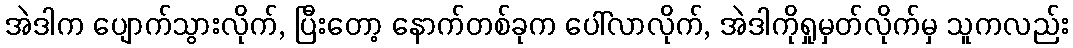
အဲဒါက ပျောက်သွားလိုက်, ပြီးတော့ နောက်တစ်ခုက ပေါ်လာလိုက်, အဲဒါကိုရှုမှတ်လိုက်မှ သူကလည်း